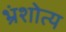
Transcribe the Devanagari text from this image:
भ्रंशोत्य